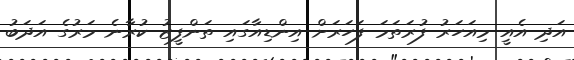
އަދި އެއީ މިއަހަރު ފުރަތަމަ ފަހަރަށް އިންޑިއާގައި ތަންފީޒު ކުރާނެ މަރުގެ އަދަބު